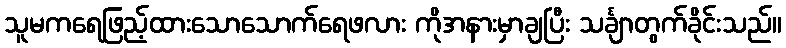
သူမကရေဖြည့်ထားသောသောက်ရေဖလား ကိုအနားမှာချပြီး သင်္ချာတွက်ခိုင်းသည်။